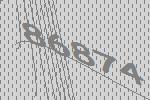
86874